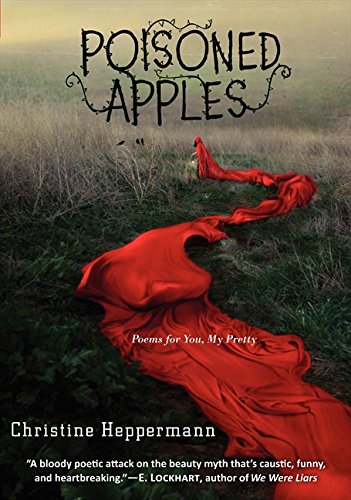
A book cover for Poisoned Apples: Poems for You, My Pretty; Christine Heppermann; Teen & Young Adult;